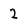
Character: 2